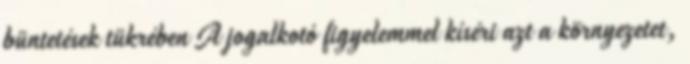
büntetések tükrében A jogalkotó figyelemmel kíséri azt a környezetet,